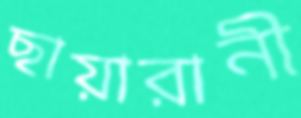
ছায়ারানী